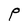
Character: P